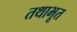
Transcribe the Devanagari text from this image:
तथाभूत